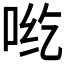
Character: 𰇡